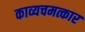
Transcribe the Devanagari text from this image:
काव्यचमत्कार